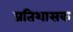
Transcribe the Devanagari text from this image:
प्रतिशासक